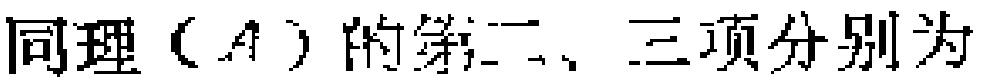
同理\((A)\)的第二、三项分别为